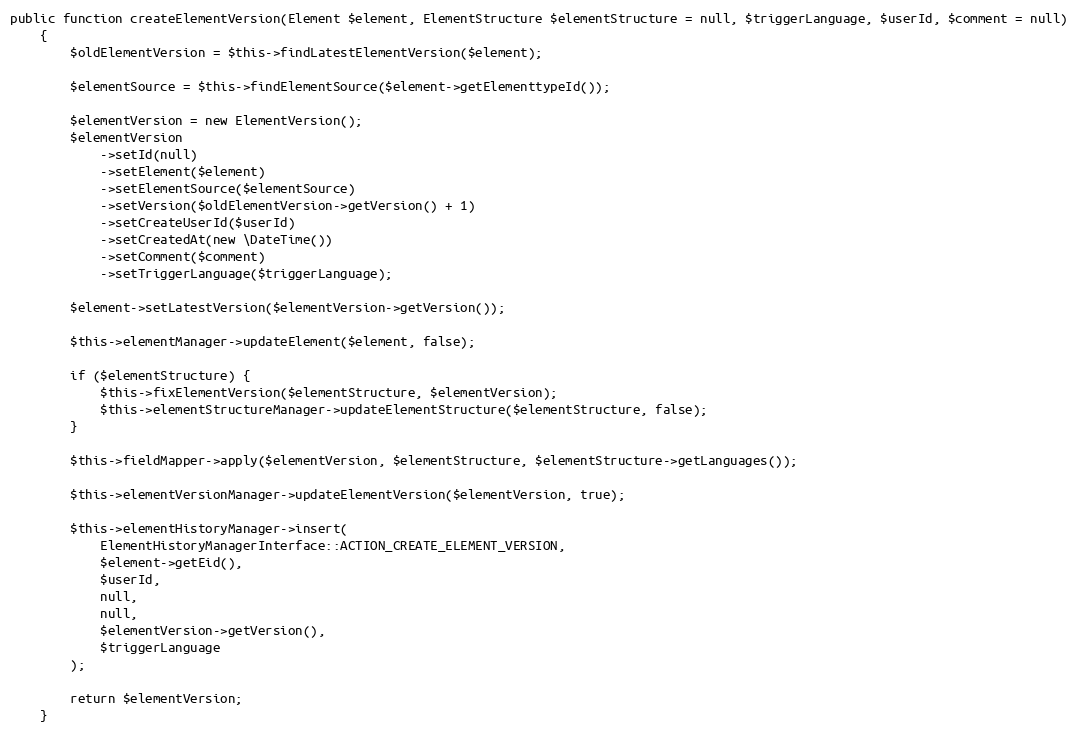
Language: PHP
public function createElementVersion(Element $element, ElementStructure $elementStructure = null, $triggerLanguage, $userId, $comment = null)
    {
        $oldElementVersion = $this->findLatestElementVersion($element);

        $elementSource = $this->findElementSource($element->getElementtypeId());

        $elementVersion = new ElementVersion();
        $elementVersion
            ->setId(null)
            ->setElement($element)
            ->setElementSource($elementSource)
            ->setVersion($oldElementVersion->getVersion() + 1)
            ->setCreateUserId($userId)
            ->setCreatedAt(new \DateTime())
            ->setComment($comment)
            ->setTriggerLanguage($triggerLanguage);

        $element->setLatestVersion($elementVersion->getVersion());

        $this->elementManager->updateElement($element, false);

        if ($elementStructure) {
            $this->fixElementVersion($elementStructure, $elementVersion);
            $this->elementStructureManager->updateElementStructure($elementStructure, false);
        }

        $this->fieldMapper->apply($elementVersion, $elementStructure, $elementStructure->getLanguages());

        $this->elementVersionManager->updateElementVersion($elementVersion, true);

        $this->elementHistoryManager->insert(
            ElementHistoryManagerInterface::ACTION_CREATE_ELEMENT_VERSION,
            $element->getEid(),
            $userId,
            null,
            null,
            $elementVersion->getVersion(),
            $triggerLanguage
        );

        return $elementVersion;
    }